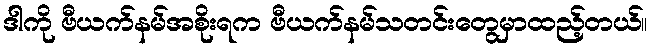
ဒါကို ဗီယက်နမ်အစိုးရက ဗီယက်နမ်သတင်းတွေမှာထည့်တယ်။